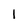
Character: 1